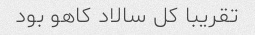
تقریبا کل سالاد کاهو بود